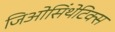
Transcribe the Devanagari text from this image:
जिओसिंथेटिक्स